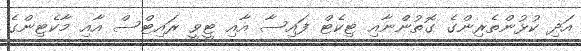
އަދި ކުޅުންތެރިންގެ ގޮތުންނާއި ޓިކެޓް ފައިސާ އާއި ޓީވީ ރައިޓްސް އާއި މާކެޓިންގެ